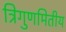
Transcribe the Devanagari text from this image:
त्रिगुणमितीय